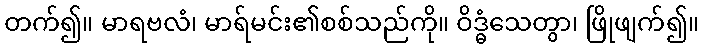
တက်၍။ မာရဗလံ၊ မာရ်မင်း၏စစ်သည်ကို။ ဝိဒ္ဓံသေတွာ၊ ဖြိုဖျက်၍။